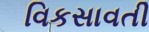
વિકસાવતી